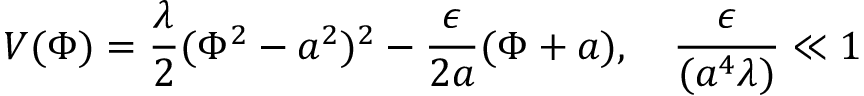
V ( \Phi ) = \frac { \lambda } { 2 } ( \Phi ^ { 2 } - a ^ { 2 } ) ^ { 2 } - \frac { \epsilon } { 2 a } ( \Phi + a ) , \quad \frac { \epsilon } { ( a ^ { 4 } \lambda ) } \ll 1 \quad \;